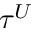
\tau ^ { U }